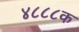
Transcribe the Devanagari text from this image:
४८८८क